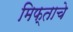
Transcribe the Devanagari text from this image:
मिफ्ताचे